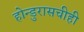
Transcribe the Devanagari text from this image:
होन्डुरासचीही